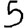
Digit: 5